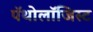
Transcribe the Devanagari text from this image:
पॅथोलॉजिस्ट